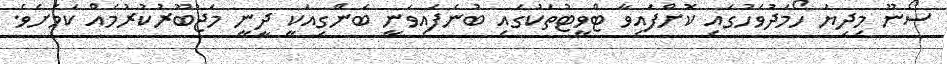
ސޯނޫ މިދިޔަ ހޯމަދުވަހުގައި ކޮށްފައިވާ ޓްވީޓުތަކުގައި ބުނެފައިވަނީ ބަންގިއަކީ ދީނީ މަޖުބޫރުކުރުމެއް ކަމަށެވެ.